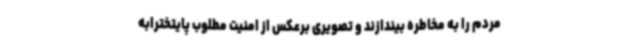
مردم را به مخاطره بیندازند و تصویری برعکس از امنیت مطلوب پایتخترابه